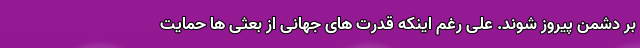
بر دشمن پیروز شوند. علی رغم اینکه قدرت های جهانی از بعثی ها حمایت